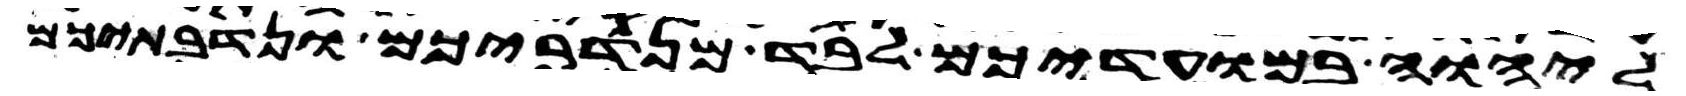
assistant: ליהוה במועדיכם לבד מנדריכם ונדבתיכם